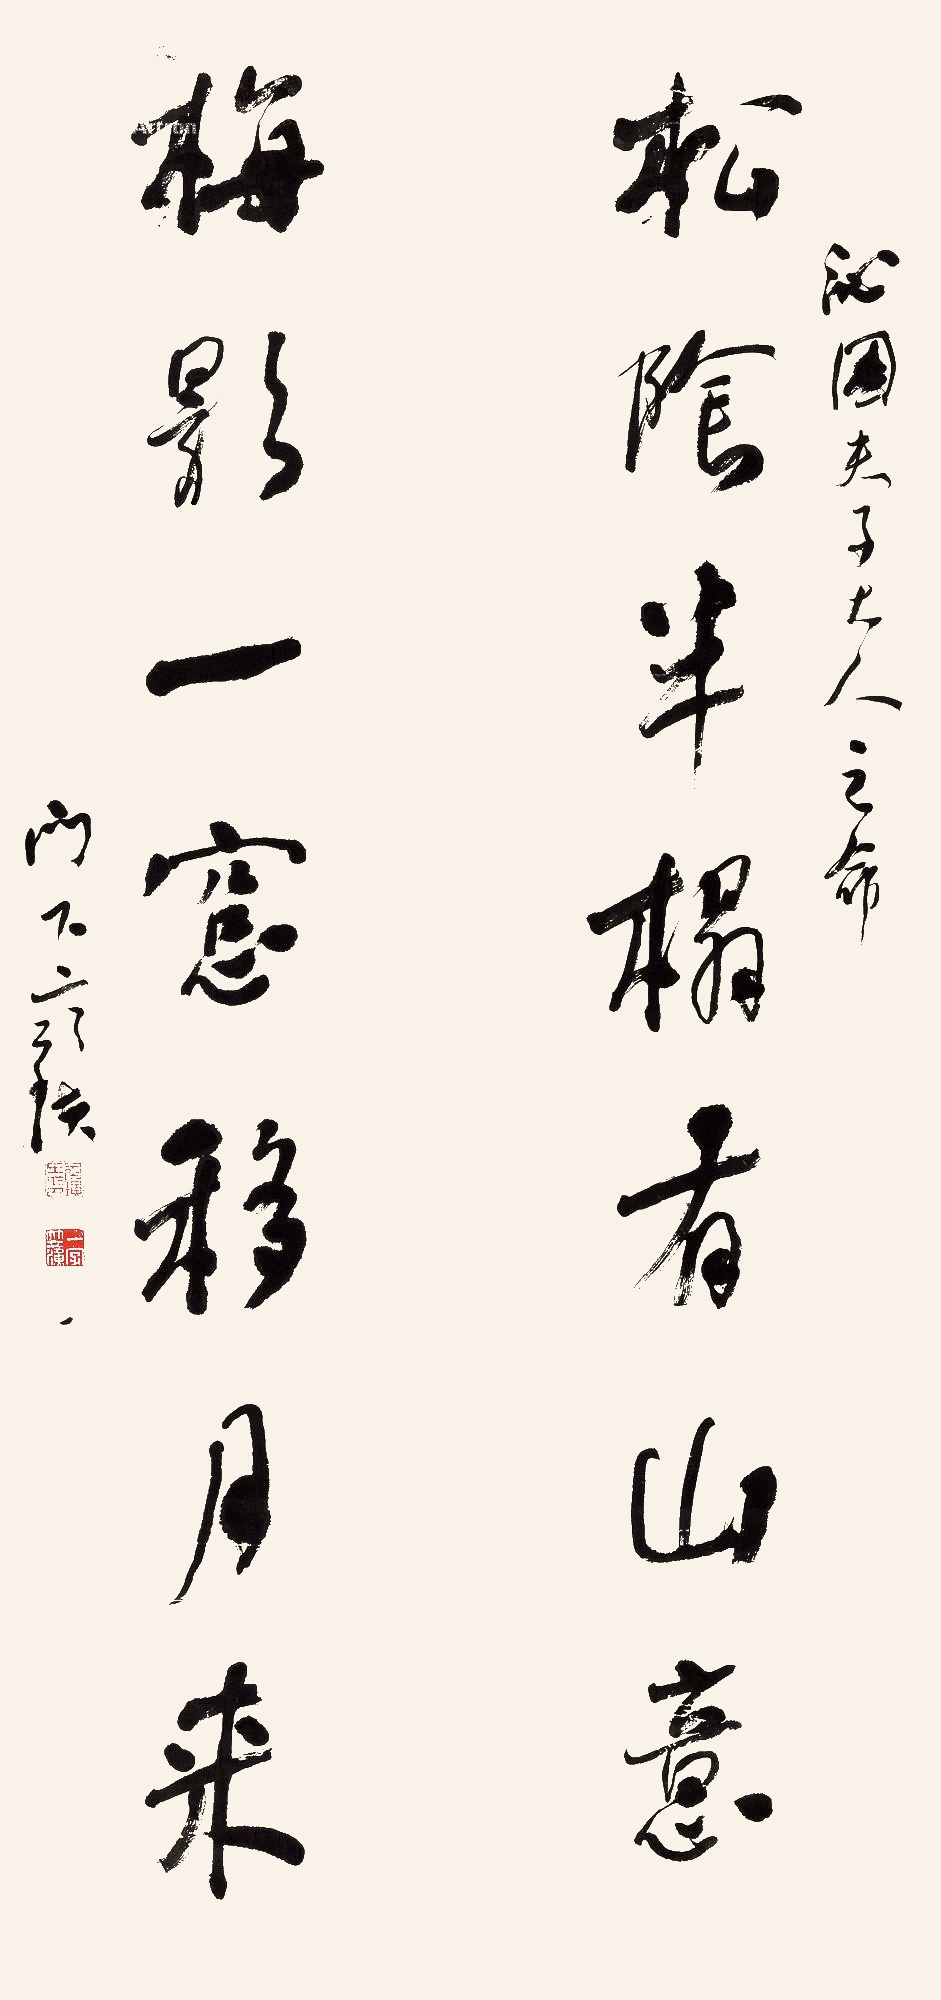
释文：松阴半榻有山意，梅影一窗移月来。沁园夫子大人之命。门下齐璜。